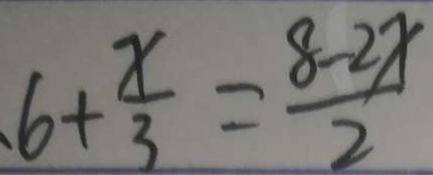
6 + \frac { x } { 3 } = \frac { 8 - 2 x } { 2 }